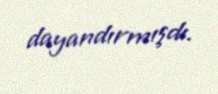
dayandırmışdı.